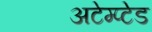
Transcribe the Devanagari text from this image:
अटेम्प्टेड